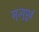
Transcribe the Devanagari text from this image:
मृत्युपूर्व